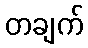
တချက်